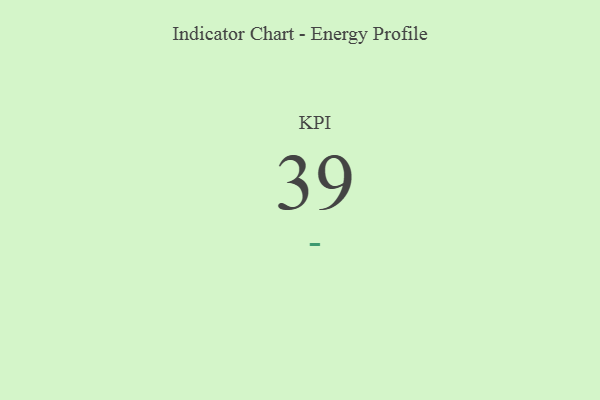
{"axis": {"x": "KPI", "y": "Value"}, "legend": [""], "data": [{"x": "KPI", "y": 39, "type": ""}]}